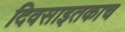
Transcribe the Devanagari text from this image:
दिवसाइतकाच